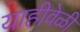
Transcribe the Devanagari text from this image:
याहीवेळी